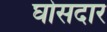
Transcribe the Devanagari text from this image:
घोसदार